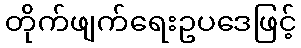
တိုက်ဖျက်ရေးဥပဒေဖြင့်